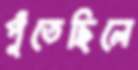
পুঁতেছিলে